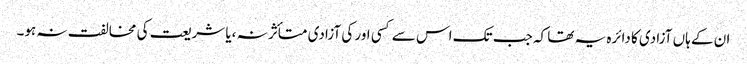
ان کے ہاں آزادی کا دائرہ یہ تھا کہ جب تک اس سے کسی اور کی آزادی متأثر نہ ،یا شریعت کی مخالفت نہ ہو۔